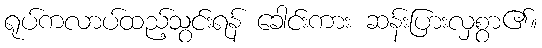
ရုပ်ကလာပ်ထည့်သွင်းရန် ခေါင်းကား ဆန်းပြားလှစွာ၏။